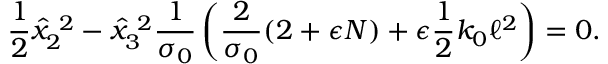
\frac { 1 } { 2 } \hat { x } _ { 2 } ^ { ~ 2 } - \hat { x } _ { 3 } ^ { ~ 2 } \frac { 1 } { \sigma _ { 0 } } \left( \frac { 2 } { \sigma _ { 0 } } ( 2 + \epsilon N ) + \epsilon \frac { 1 } { 2 } k _ { 0 } \ell ^ { 2 } \right) = 0 .